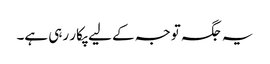
یہ جگہ توجہ کے لیے پکار رہی ہے۔